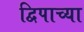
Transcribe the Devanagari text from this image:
द्विपाच्या